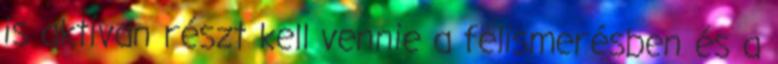
is aktívan részt kell vennie a felismerésben és a